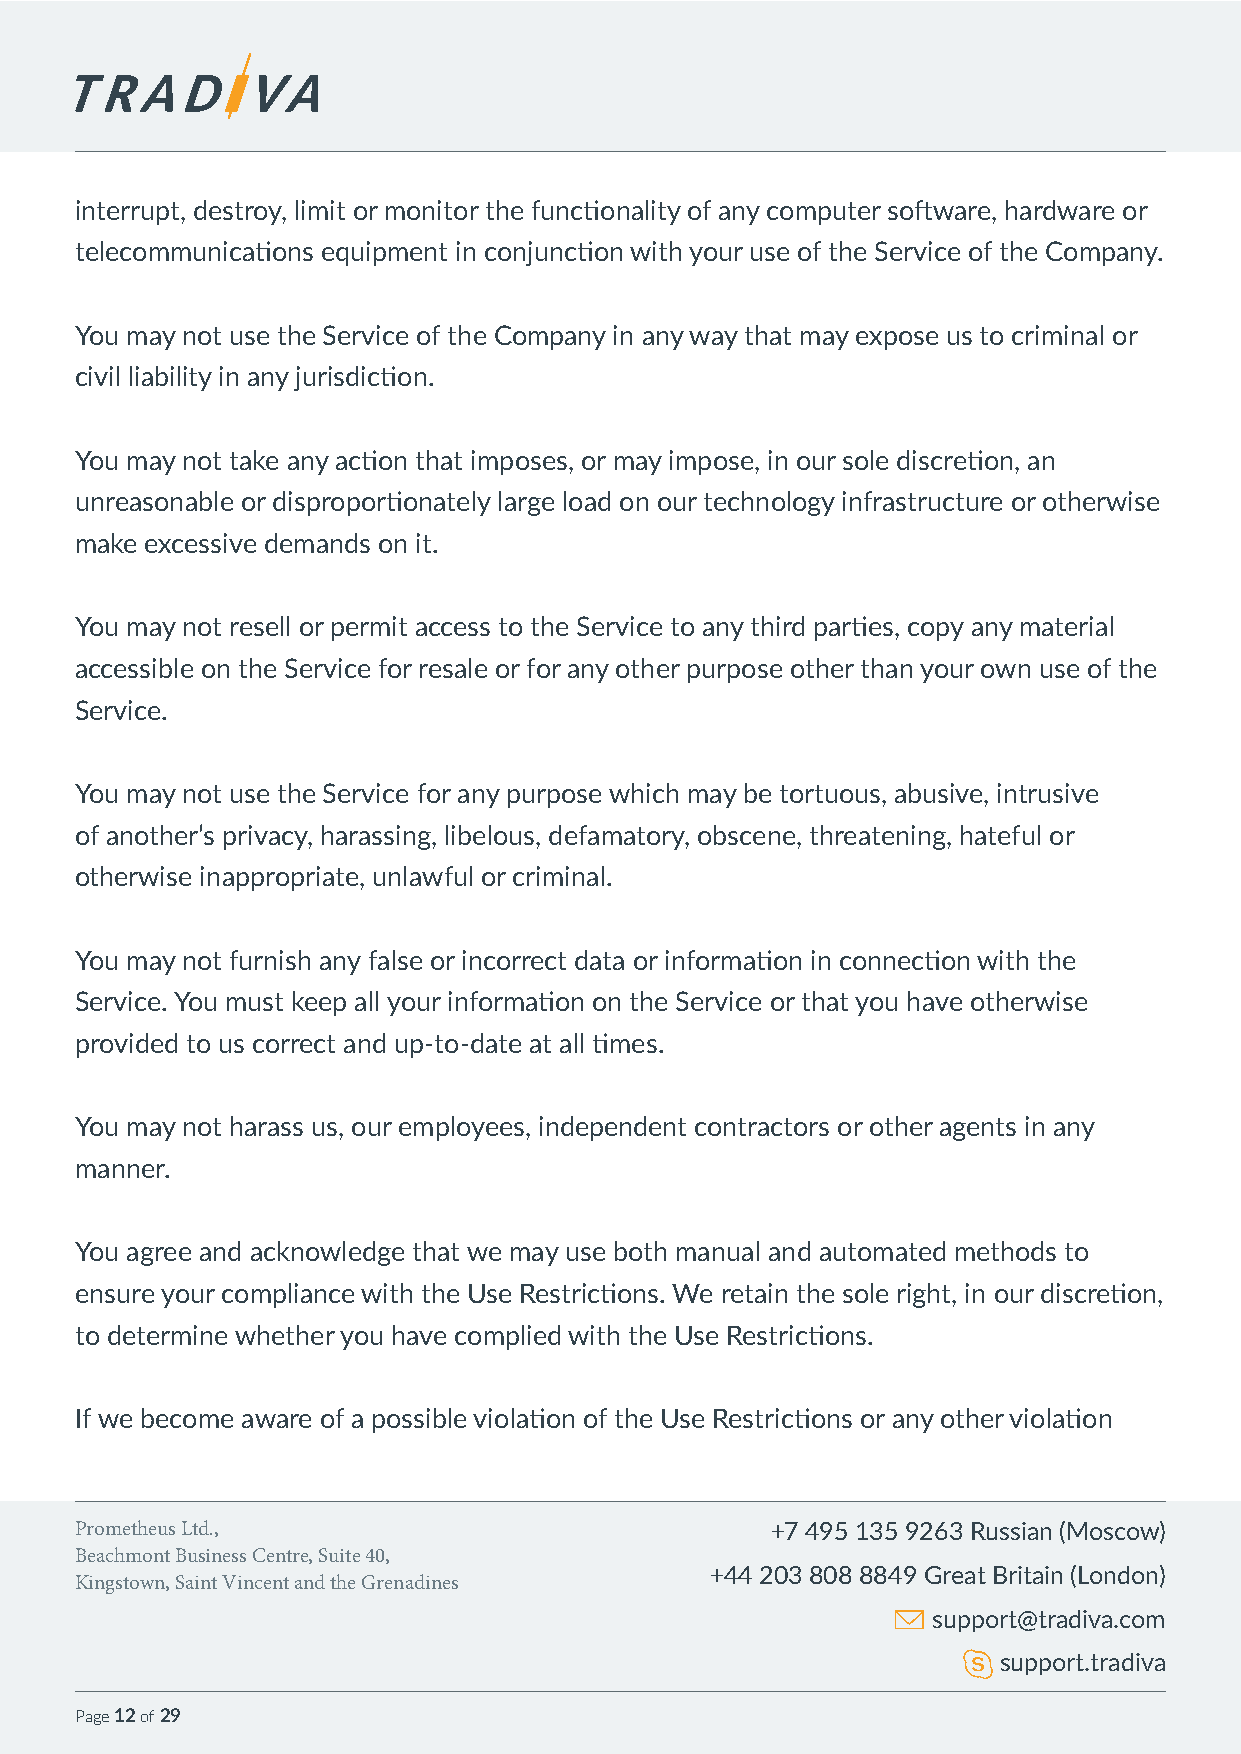
interrupt, destroy, limit or monitor the functionality of any computer software, hardware or
 telecommunications equipment in conjunction with your use of the Service of the Company.
 You may not use the Service of the Company in any way that may expose us to criminal or
 civil liability in any jurisdiction.
 You may not take any action that imposes, or may impose, in our sole discretion, an
 unreasonable or disproportionately large load on our technology infrastructure or otherwise
 make excessive demands on it.
 You may not resell or permit access to the Service to any third parties, copy any material
 accessible on the Service for resale or for any other purpose other than your own use of the
 Service.
 You may not use the Service for any purpose which may be tortuous, abusive, intrusive
 of another’s privacy, harassing, libelous, defamatory, obscene, threatening, hateful or
 otherwise inappropriate, unlawful or criminal.
 You may not furnish any false or incorrect data or information in connection with the
 Service. You must keep all your information on the Service or that you have otherwise
 provided to us correct and up-to-date at all times.
 You may not harass us, our employees, independent contractors or other agents in any
 manner.
 You agree and acknowledge that we may use both manual and automated methods to
 ensure your compliance with the Use Restrictions. We retain the sole right, in our discretion,
 to determine whether you have complied with the Use Restrictions.
 If we become aware of a possible violation of the Use Restrictions or any other violation
 Prometheus Ltd.,                              +7 495 135 9263 Russian (Moscow)
 Beachmont Business Centre, Suite 40,
 +44 203 808 8849 Great Britain (London)
 Kingstown, Saint Vincent and the Grenadines
 support@tradiva.com
 support.tradiva
 Page 12 of 29